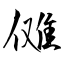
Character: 傩